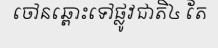
ចៅនឆ្ពោះទៅផ្លូវជាតិ៤ តែ